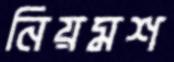
নিয়মশ